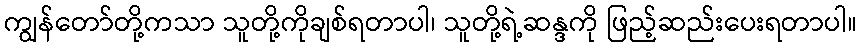
ကျွန်တော်တို့ကသာ သူတို့ကိုချစ်ရတာပါ၊ သူတို့ရဲ့ဆန္ဒကို ဖြည့်ဆည်းပေးရတာပါ။